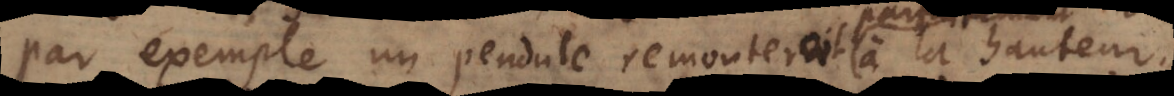
par exemple un pendule remonteroit à la hauteur